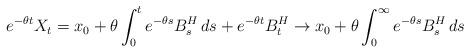
LaTeX: \begin{align*}e^{-\theta t}X_t=x_0+\theta\int_0^t e^{-\theta s}B^H_s\,ds+e^{-\theta t}B^H_t\to x_0+\theta\int_0^\infty e^{-\theta s}B^H_s\,ds\end{align*}